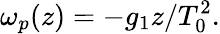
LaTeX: \omega_{p}(z)=-g_{1}z/T_{0}^{2}.